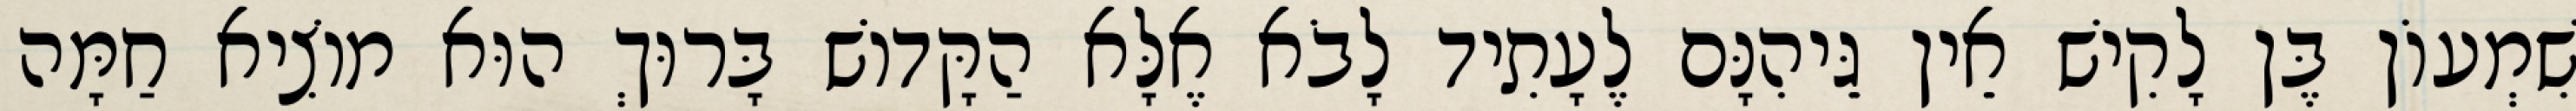
שִׁמְעוֹן בֶּן לָקִישׁ אֵין גֵּיהִנָּם לֶעָתִיד לָבֹא אֶלָּא הַקָּדוֹשׁ בָּרוּךְ הוּא מוֹצִיא חַמָּה